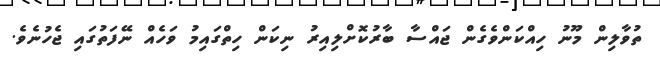
ތުވާލިން މޫނު ހިއްކަންވެގެން ޖައްސާ ބާރުކޮށްލިއިރު ނިކަން ހިތްގައިމު ވަހެއް ނޭފަތުގައި ޖެހުނެވެ.